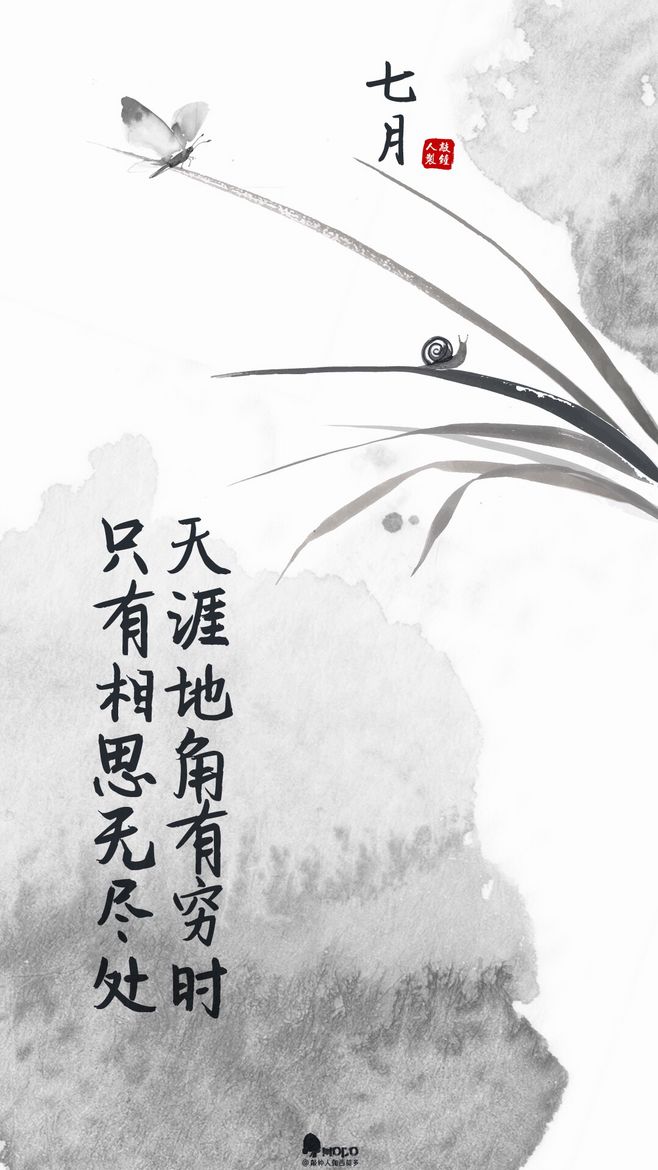
纤云弄巧，飞星传恨，银汉迢迢暗度。